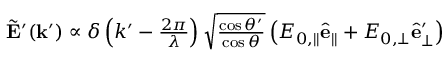
\begin{array} { r } { \tilde { \mathbf { E } } ^ { \prime } ( \mathbf { k } ^ { \prime } ) \propto \delta \left( k ^ { \prime } - \frac { 2 \pi } { \lambda } \right) \sqrt { \frac { \cos \theta ^ { \prime } } { \cos \theta } } \left( E _ { 0 , \parallel } \hat { \mathbf { e } } _ { \parallel } + E _ { 0 , \perp } \hat { \mathbf { e } } _ { \perp } ^ { \prime } \right) } \end{array}